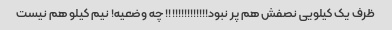
ظرف یک کیلویی نصفش هم پر نبود!!!!!!!!!!!!!! چه وضعیه! نیم کیلو هم نیست